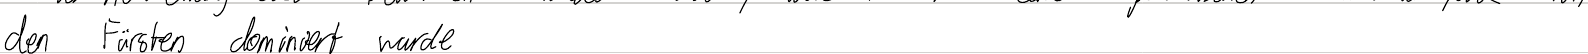
den Fürsten dominiert wurde